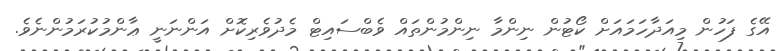
އޭގެ ފަހުން މިއަދާހަމައަށް ކޯޓުން ނިންމާ ނިންމުންތައް ވެބްސައިޓް މެދުވެރިކޮށް އަންނަނީ ޢާންމުކުރަމުންނެވެ.